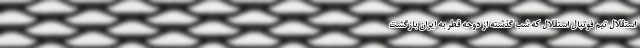
استقلال تیم فوتبال استقلال که شب گذشته از دوحه قطر به ایران بازگشت